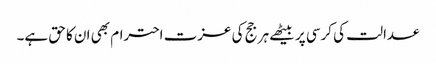
عدالت کی کرسی پر بیٹھے ہر جج کی عزت احترام بھی ان کا حق ہے۔